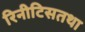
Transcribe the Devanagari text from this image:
रिनीटिसतथा